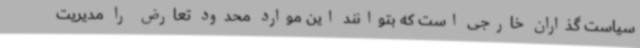
سیاست گذاران خارجی است که بتوانند این موارد محدود تعارض را مدیریت